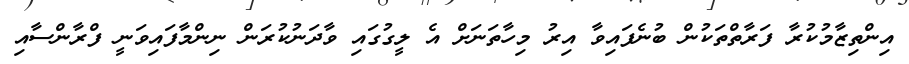
އިންތިޒާމުކުރާ ފަރާތްތަކުން ބުނެފައިވާ އިރު މިހާތަނަށް އެ ލީގުގައި ވާދަނުކުރަން ނިންމާފައިވަނީ ފްރާންސާއި